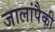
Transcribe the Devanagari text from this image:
जालांपैकी